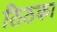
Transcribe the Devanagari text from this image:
ठिठका